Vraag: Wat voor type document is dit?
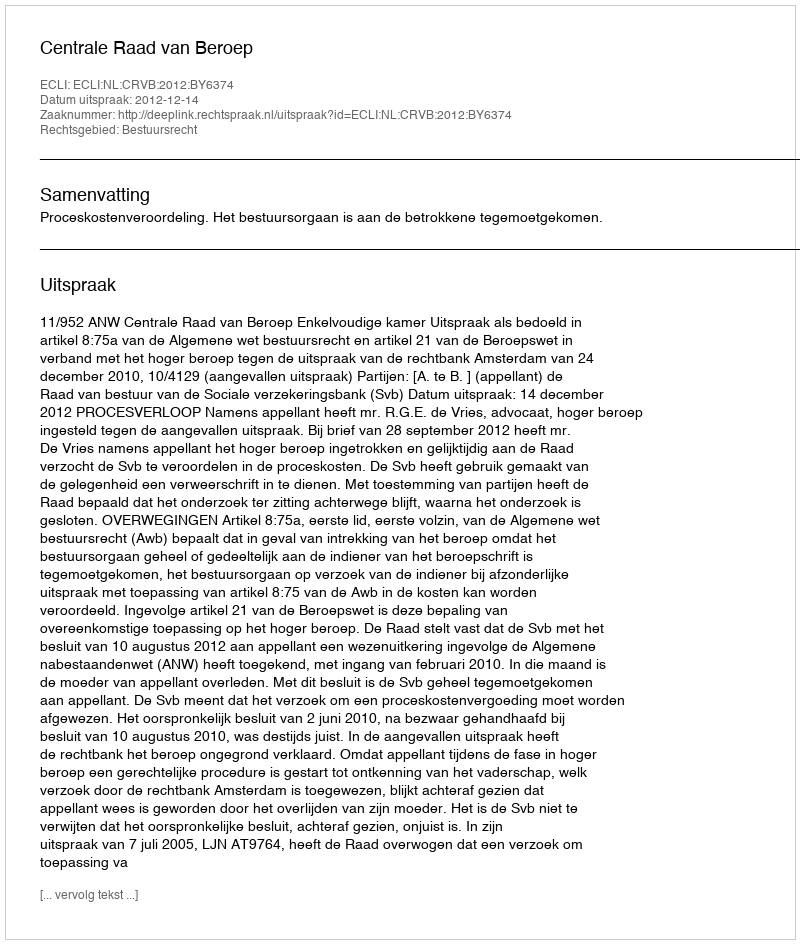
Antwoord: Uitspraak